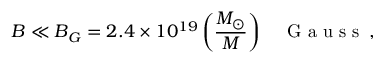
B \ll B _ { G } = 2 . 4 \times 1 0 ^ { 1 9 } \left( \frac { M _ { \odot } } { M } \right) \quad \mathrm { ~ G ~ a ~ u ~ s ~ s ~ } \, ,